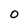
Character: O